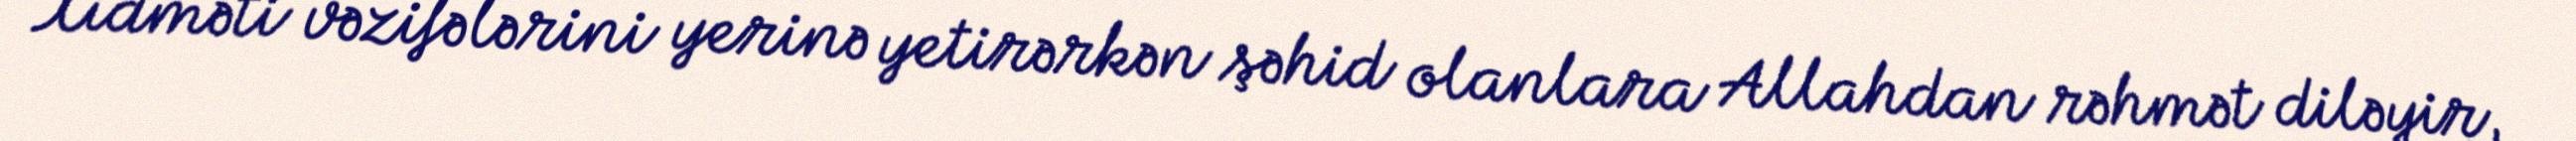
Xidməti vəzifələrini yerinə yetirərkən şəhid olanlara Allahdan rəhmət diləyir,